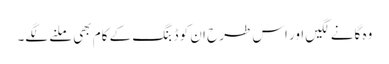
وہ گانے لگیں اور اس طرح ان کو ڈبنگ کے کام بھی ملنے لگے۔